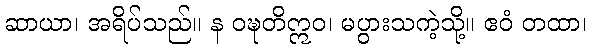
ဆာယာ၊ အရိပ်သည်။ န ဝဍ္ဎတိဣဝ၊ မပွားသကဲ့သို့။ ဧဝံ တထာ၊